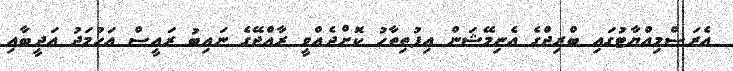
އެރަސްމިއްޔާޓުގައި ބްރިޖްގެ އެނިމޭޝަން އިފުތިތާހު ކޮށްދެއްވީ ރާއްޖޭގެ ނައިބު ރައީސް އަހުމަދު އަދީބާއި